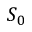
S _ { 0 }